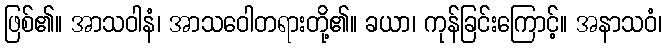
ဖြစ်၏။ အာသဝါနံ၊ အာသဝေါတရားတို့၏။ ခယာ၊ ကုန်ခြင်းကြောင့်။ အနာသဝံ၊